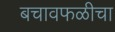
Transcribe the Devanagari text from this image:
बचावफळीचा